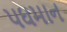
પઘમાન